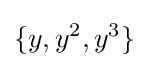
\{y,y^{2},y^{3}\}